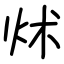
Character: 炢